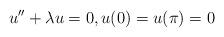
LaTeX: \begin{align*}u'' + \lambda u = 0, u(0) = u(\pi) = 0\end{align*}